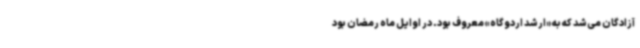
آزادگان می‌شد که به «ارشد اردوگاه» معروف بود. در اوایل ماه رمضان بود